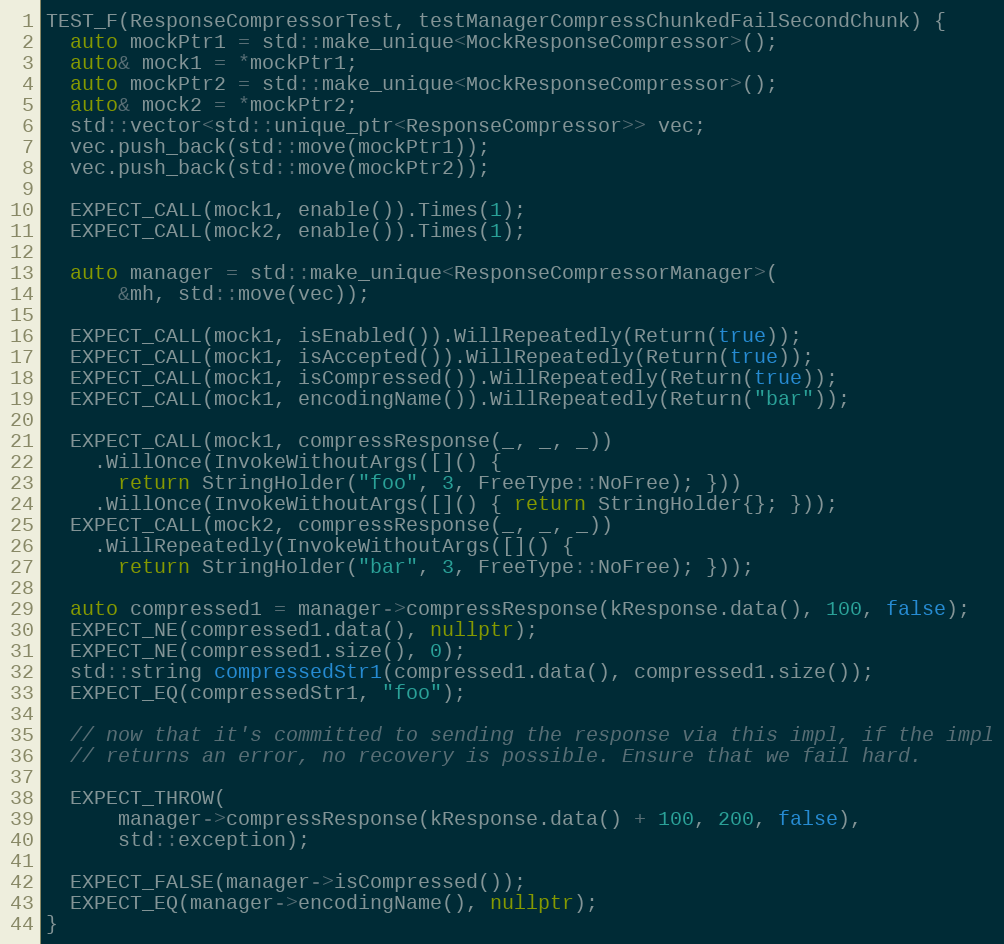
Language: C++
TEST_F(ResponseCompressorTest, testManagerCompressChunkedFailSecondChunk) {
  auto mockPtr1 = std::make_unique<MockResponseCompressor>();
  auto& mock1 = *mockPtr1;
  auto mockPtr2 = std::make_unique<MockResponseCompressor>();
  auto& mock2 = *mockPtr2;
  std::vector<std::unique_ptr<ResponseCompressor>> vec;
  vec.push_back(std::move(mockPtr1));
  vec.push_back(std::move(mockPtr2));

  EXPECT_CALL(mock1, enable()).Times(1);
  EXPECT_CALL(mock2, enable()).Times(1);

  auto manager = std::make_unique<ResponseCompressorManager>(
      &mh, std::move(vec));

  EXPECT_CALL(mock1, isEnabled()).WillRepeatedly(Return(true));
  EXPECT_CALL(mock1, isAccepted()).WillRepeatedly(Return(true));
  EXPECT_CALL(mock1, isCompressed()).WillRepeatedly(Return(true));
  EXPECT_CALL(mock1, encodingName()).WillRepeatedly(Return("bar"));

  EXPECT_CALL(mock1, compressResponse(_, _, _))
    .WillOnce(InvokeWithoutArgs([]() {
      return StringHolder("foo", 3, FreeType::NoFree); }))
    .WillOnce(InvokeWithoutArgs([]() { return StringHolder{}; }));
  EXPECT_CALL(mock2, compressResponse(_, _, _))
    .WillRepeatedly(InvokeWithoutArgs([]() {
      return StringHolder("bar", 3, FreeType::NoFree); }));

  auto compressed1 = manager->compressResponse(kResponse.data(), 100, false);
  EXPECT_NE(compressed1.data(), nullptr);
  EXPECT_NE(compressed1.size(), 0);
  std::string compressedStr1(compressed1.data(), compressed1.size());
  EXPECT_EQ(compressedStr1, "foo");

  // now that it's committed to sending the response via this impl, if the impl
  // returns an error, no recovery is possible. Ensure that we fail hard.

  EXPECT_THROW(
      manager->compressResponse(kResponse.data() + 100, 200, false),
      std::exception);

  EXPECT_FALSE(manager->isCompressed());
  EXPECT_EQ(manager->encodingName(), nullptr);
}